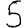
Digit: 5